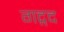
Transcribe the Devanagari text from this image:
गद्गद